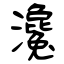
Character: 瀺